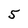
Character: 5